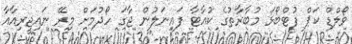
ވޯލްޑް ކަޕް ފުޓްބޯޅަ މުބާރާތުގެ ކުއާޓާ ފައިނަލުން ޖާގަ ހޯދުމަށް މިރޭ ނައިޖީރިއާއާ